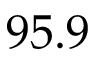
9 5 . 9